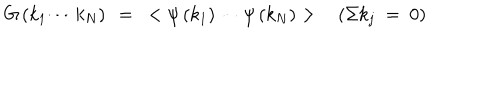
LaTeX: G \left( k _ { 1 } \cdots k _ { N } \right) ~ = ~ < \psi \left( k _ { 1 } \right) \cdots \psi \left( k _ { N } \right) > \left( \Sigma k _ { j } ~ = ~ 0 \right)